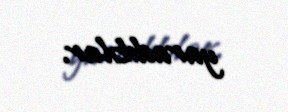
yaradıblar.